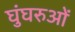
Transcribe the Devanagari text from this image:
घुंघरुओं